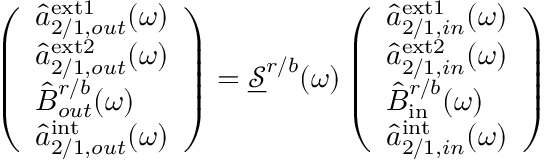
\left( \begin{array} { l } { \hat { a } _ { 2 / 1 , o u t } ^ { \mathrm { e x t 1 } } ( \omega ) } \\ { \hat { a } _ { 2 / 1 , o u t } ^ { \mathrm { e x t 2 } } ( \omega ) } \\ { \hat { B } _ { o u t } ^ { r / b } ( \omega ) } \\ { \hat { a } _ { 2 / 1 , o u t } ^ { \mathrm { i n t } } ( \omega ) } \end{array} \right) = \underline { { \mathcal { S } } } ^ { r / b } ( \omega ) \left( \begin{array} { l } { \hat { a } _ { 2 / 1 , i n } ^ { \mathrm { e x t 1 } } ( \omega ) } \\ { \hat { a } _ { 2 / 1 , i n } ^ { \mathrm { e x t 2 } } ( \omega ) } \\ { \hat { B } _ { \mathrm { i n } } ^ { r / b } ( \omega ) } \\ { \hat { a } _ { 2 / 1 , i n } ^ { \mathrm { i n t } } ( \omega ) } \end{array} \right)